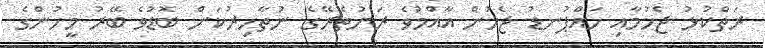
ރަތްކުޅު ޖެހުމާއި ހައްޕުނޑު ޖެހުން އާއްމުވެ ރަށުތެރޭގެ ނުތާހިރުކަން ބޮޑުވެ ބޭރު މީހުންގެ